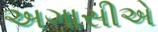
અગાસીએ